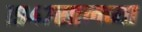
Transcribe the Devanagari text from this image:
१९४७सालच्या